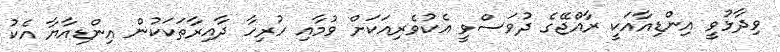
ވިދާޅުވީ އިންޑިއާއަކީ ރާއްޖޭގެ ދުވަސްވީ އެކުވެރިއަކަށް ވުމާއި ހުރިހާ ދާއިރާތަކަކުން އިންޑިއާޔާ އެކު